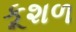
કૂશળ